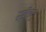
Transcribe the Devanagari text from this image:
स्वॅक्रु